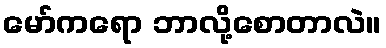
မော်ကရော ဘာလို့စောတာလဲ။